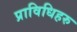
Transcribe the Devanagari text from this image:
प्राविधिहरु